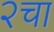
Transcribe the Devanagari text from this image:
२चा